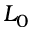
L _ { 0 }